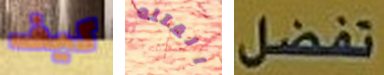
كيف القتله تفضل